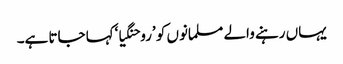
یہاں رہنے والے مسلمانوں کو ’روحنگیا‘کہا جاتا ہے۔